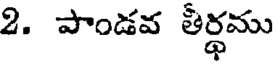
2. పాండవ తీర్థము